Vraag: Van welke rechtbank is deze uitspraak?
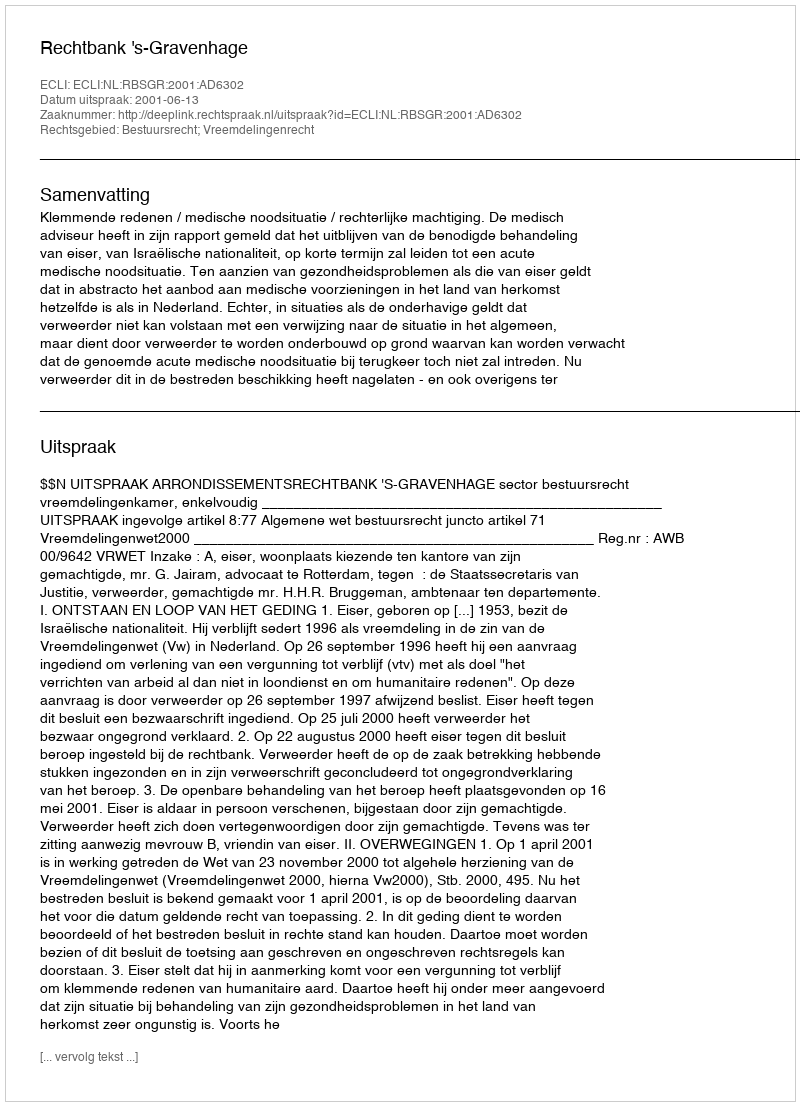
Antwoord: Rechtbank 's-Gravenhage